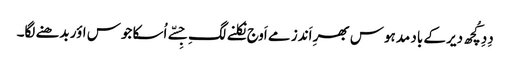
دِدِ کُچھ دیر کے باد مدہوس بھرِ اَندز مے اَوج نِکلنے لگِ جِسّے اُسکا جوس اؤر بدھنے لگا۔